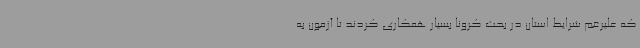
که علیرغم شرایط استان در بحث کرونا بسیار همکاری کردند تا آزمون به